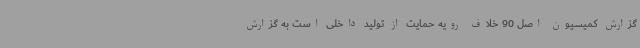
گزارش کمیسیون اصل 90 خلاف رویه حمایت از تولید داخلی است به گزارش